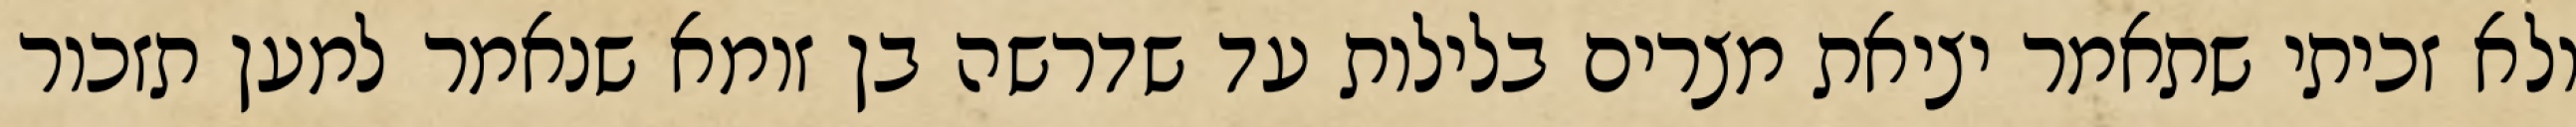
ולא זכיתי שתאמר יציאת מצרים בלילות עד שדרשה בן זומא שנאמר למען תזכור